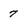
Character: 7